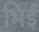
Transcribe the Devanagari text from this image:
भिई